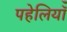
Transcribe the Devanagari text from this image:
पहेलियॉंँ